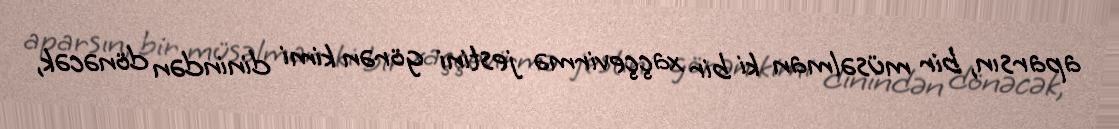
aparsın, bir müsəlman ki bir xaççevirmə jestini görən kimi dinindən dönəcək,